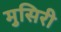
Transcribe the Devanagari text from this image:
मुसिरी